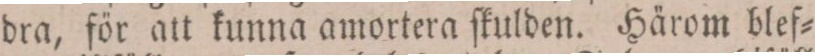
dra, för att kunna amortera ſkulden. Härom blef=